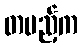
တပည့်က